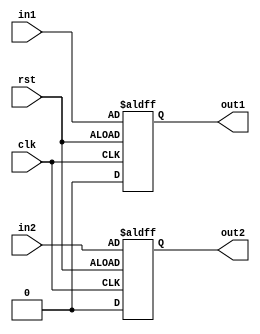
module behavioral_modeling_block (
    input wire clk,
    input wire rst,
    input wire in1,
    input wire in2,
    output reg out1,
    output reg out2
);

always @ (posedge clk or negedge rst) begin
    if (rst) begin
        // Reset logic
        out1 <= 0;
        out2 <= 0;
    end else begin
        // Behavior logic
        out1 <= in1;
        out2 <= in2;
    end
end

endmodule